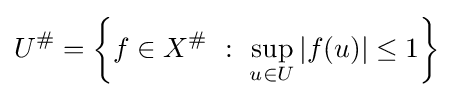
U^{\#}=\left\{f\in X^{\#}~:~\sup _{u\in U}|f(u)|\leq 1\right\}